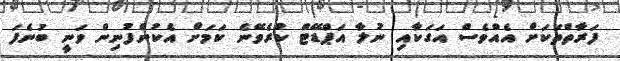
ފަރާތްތަކަށް އެއްވެސް އަގަކާއި ނުލާ އަޕްޑޭޓް ކުރެވޭނެ ކަމަށް އެކުންފުނިން ވަނީ ބުނެފަ